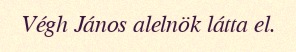
Végh János alelnök látta el.